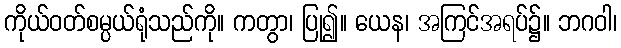
ကိုယ်ဝတ်စမ္ပယ်ရုံသည်ကို။ ကတွာ၊ ပြု၍။ ယေန၊ အကြင်အရပ်၌။ ဘဂဝါ၊